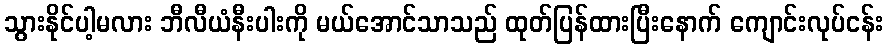
သွားနိုင်ပါ့မလား ဘီလီယံနီးပါးကို မယ်အောင်သာသည် ထုတ်ပြန်ထားပြီးနောက် ကျောင်းလုပ်ငန်း